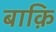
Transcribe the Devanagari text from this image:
बाक़ि